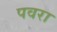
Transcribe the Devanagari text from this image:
पवरा